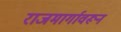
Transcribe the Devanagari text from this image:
राजमार्गावरून